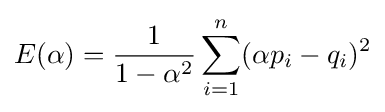
E(\alpha )={\frac {1}{1-\alpha ^{2}}}\sum _{i=1}^{n}(\alpha p_{i}-q_{i})^{2}